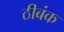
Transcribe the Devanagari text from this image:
ठीबंक